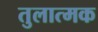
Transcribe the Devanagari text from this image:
तुलात्मक